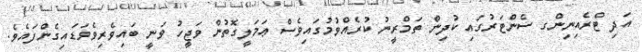
އަދި ޓްރެއިނިންގ ސެންޓަރުގައި ކުދިން ތަމްރީނު ކުރެއްވުމުގައިވެސް ޢަމަލީގޮތުން ވަޖީހު ވަނީ ބައިވެރިވެވަޑައިގެންފައެވެ.